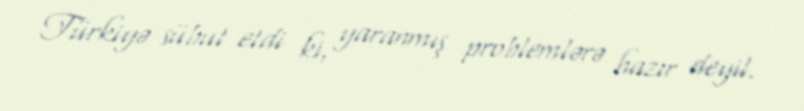
Türkiyə sübut etdi ki, yaranmış problemlərə hazır deyil.